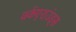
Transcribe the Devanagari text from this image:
वर्कएराउंड्स